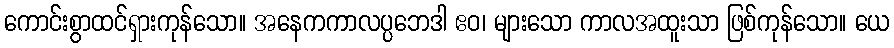
ကောင်းစွာထင်ရှားကုန်သော။ အနေကကာလပ္ပဘေဒါ ဧဝ၊ များသော ကာလအထူးသာ ဖြစ်ကုန်သော။ ယေ